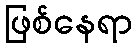
ဖြစ်နေရာ